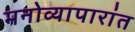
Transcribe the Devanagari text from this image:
मनोव्यापारांत